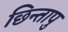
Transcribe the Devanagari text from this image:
छिन्तापु